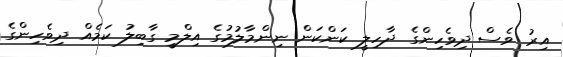
އިރު ވެސް ދިވެހިންގެ ދާހިލީ ކަންކަން ނިންމާލުމުގެ އިލްމީ ގާބިލު ކަމެއް ދިވެހިންގެ